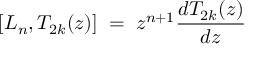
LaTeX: \left[ L _ { n } , T _ { 2 k } ( z ) \right] \; = \; z ^ { n + 1 } \frac { d T _ { 2 k } ( z ) } { d z }